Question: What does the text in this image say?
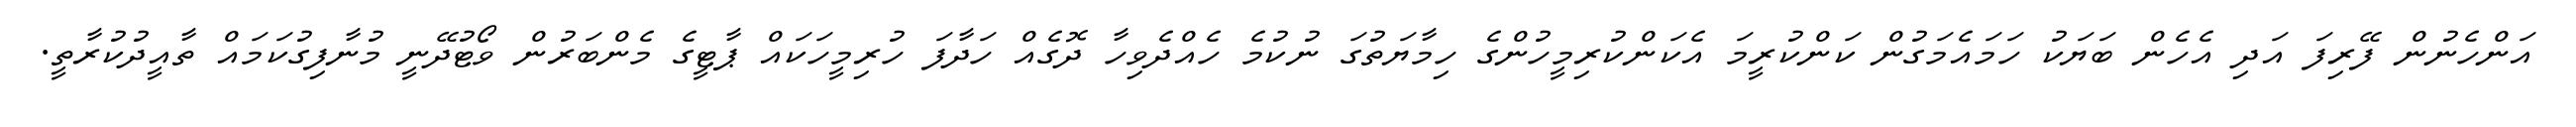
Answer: އަންހެނުން ފޭރިފަ އަދި އެހެން ބަޔަކު ހަމައެމަގުން ކަންކުރީމަ އެކަންކުރިމީހުންގެ ހިމާޔަތުގަ ނުކުމެ ހެއްދެވިހާ ދޮގެއް ހަދާފަ ހުރިމީހަކައް ޕާޓީގެ މެންބަރުން ވޯޓުދޭނީ މުނާފިގުކަމައް ތާއީދުކުރާތީ.